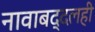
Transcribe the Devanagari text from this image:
नावाबद्दलही